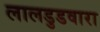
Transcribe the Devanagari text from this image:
लालडुडवारा